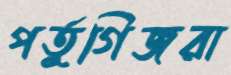
পর্তুগিজরা